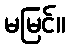
မမြင်။